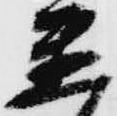
置